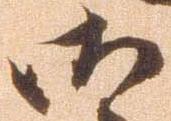
御